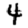
Digit: 4